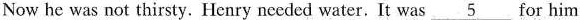
Now he was not thirsty. Henry needed water. It was \underline{5} for him.